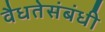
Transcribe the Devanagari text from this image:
वैधतेसंबंधी